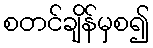
စတင်ချိန်မှစ၍